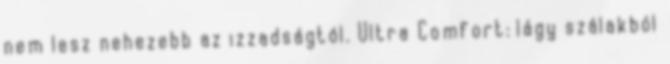
nem lesz nehezebb az izzadságtól. Ultra Comfort: lágy szálakból